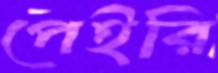
পেইরি